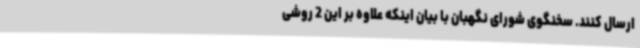
ارسال کنند. سخنگوی شورای نگهبان با بیان اینکه علاوه بر این 2 روشی